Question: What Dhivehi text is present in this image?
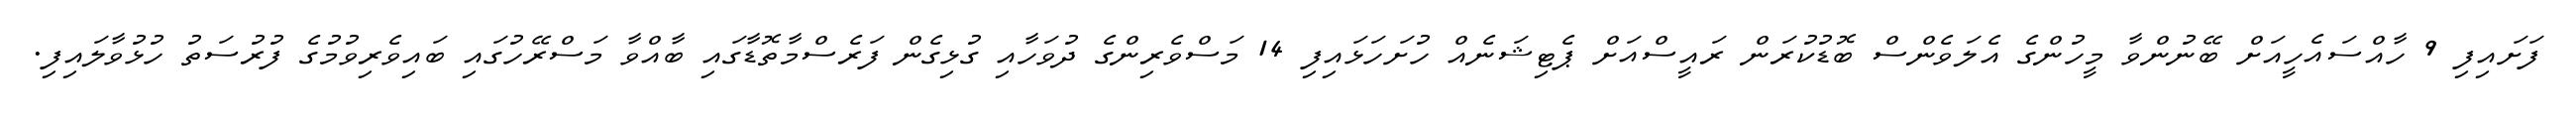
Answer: ފަށައިފި 9 ހާއްސައެހީއަށް ބޭނުންވާ މީހުންގެ އެލަވެންސް ބޮޑުކުރަން ރައީސްއަށް ޕެޓިޝަނެއް ހުށަހަޅައިފި 14 މަސްވެރިންގެ ދުވަހާއި ގުޅިގެން ފަރެސްމާތޮޑާގައި ބާއްވާ މަސްރޭހުގައި ބައިވެރިވުމުގެ ފުރުސަތު ހުޅުވާލައިފި.